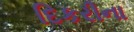
દિકરીના